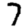
Digit: 7